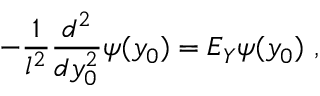
- \frac { 1 } { l ^ { 2 } } \frac { d ^ { 2 } } { d y _ { 0 } ^ { 2 } } \psi ( y _ { 0 } ) = E _ { Y } \psi ( y _ { 0 } ) \ ,